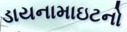
ડાયનામાઇટનો